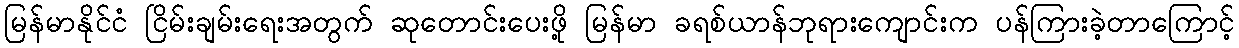
မြန်မာနိုင်ငံ ငြိမ်းချမ်းရေးအတွက် ဆုတောင်းပေးဖို့ မြန်မာ ခရစ်ယာန်ဘုရားကျောင်းက ပန်ကြားခဲ့တာကြောင့်